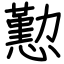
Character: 懃